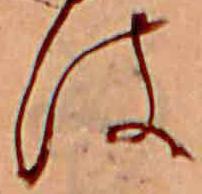
は